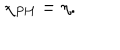
LaTeX: \chi _ { \mathrm { P H } } = \eta .